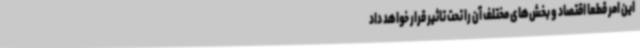
این امر قطعا اقتصاد و بخش‌های مختلف آن را تحت تاثیر قرار خواهد داد